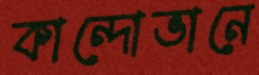
কান্দোভানে